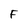
Character: F